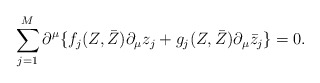
\begin{align*}\sum_{j=1}^M \partial^{\mu} \{f_j (Z,\bar{Z})\partial_{\mu}z_j + g_j (Z,\bar{Z})\partial_{\mu}\bar{z}_j \} =0.\end{align*}